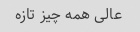
عالی همه چیز تازه